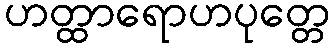
ဟတ္ထာရောဟပုတ္တေ